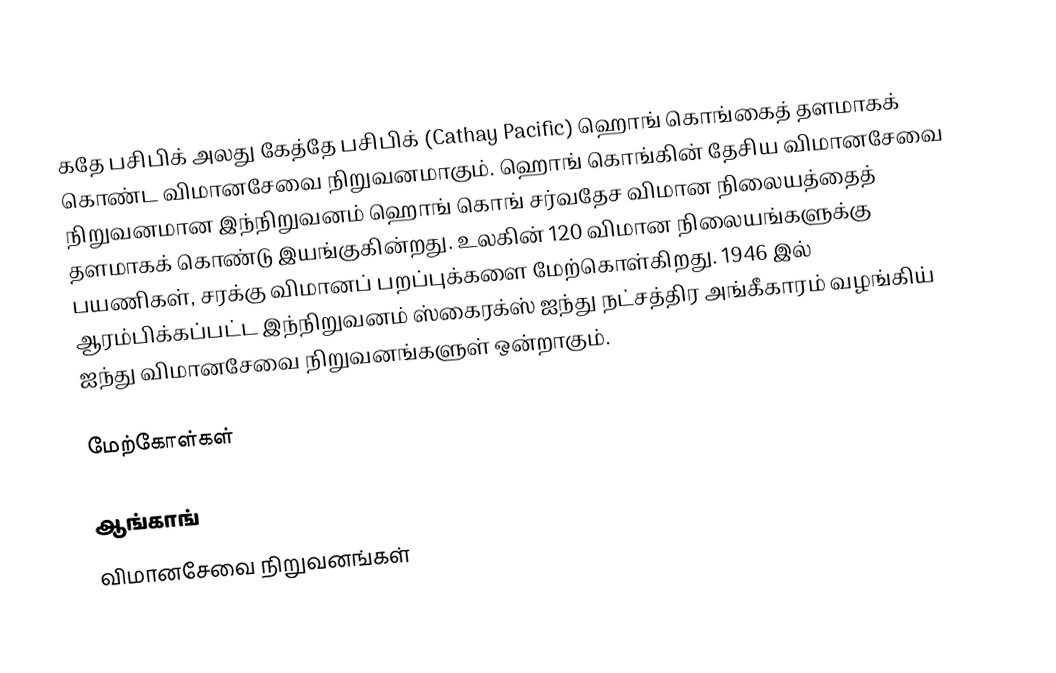
கதே பசிபிக் அலது கேத்தே பசிபிக் (Cathay Pacific) ஹொங் கொங்கைத் தளமாகக் கொண்ட விமானசேவை நிறுவனமாகும். ஹொங் கொங்கின் தேசிய விமானசேவை நிறுவனமான இந்நிறுவனம் ஹொங் கொங் சர்வதேச விமான நிலையத்தைத் தளமாகக் கொண்டு இயங்குகின்றது. உலகின் 120 விமான நிலையங்களுக்கு பயணிகள், சரக்கு விமானப் பறப்புக்களை மேற்கொள்கிறது. 1946 இல் ஆரம்பிக்கப்பட்ட இந்நிறுவனம் ஸ்கைரக்ஸ் ஐந்து நட்சத்திர அங்கீகாரம் வழங்கிய் ஐந்து விமானசேவை நிறுவனங்களுள் ஒன்றாகும்.

மேற்கோள்கள்

ஆங்காங்
விமானசேவை நிறுவனங்கள்